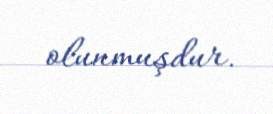
olunmuşdur.